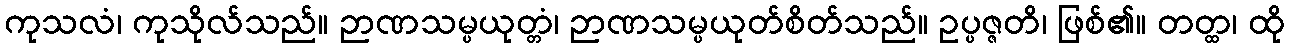
ကုသလံ၊ ကုသိုလ်သည်။ ဉာဏသမ္ပယုတ္တံ၊ ဉာဏသမ္ပယုတ်စိတ်သည်။ ဥပ္ပဇ္ဇတိ၊ ဖြစ်၏။ တတ္ထ၊ ထို